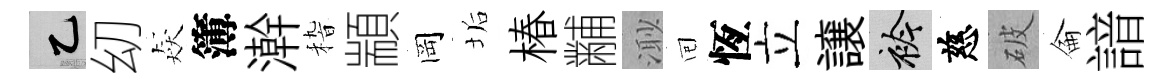
乙㓜猋簿澣𥟵顓岡垢椿黼𣺌囘恆立譲衿慈破侖諳